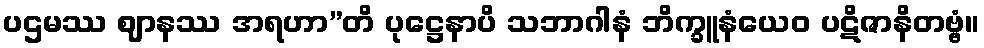
ပဌမဿ ဈာနဿ အရဟာ”တိ ပုဋ္ဌေနာပိ သဘာဂါနံ ဘိက္ခူနံယေဝ ပဋိဇာနိတဗ္ဗံ။